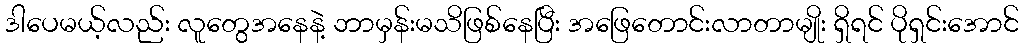
ဒါပေမယ့်လည်း လူတွေအနေနဲ့ ဘာမှန်းမသိဖြစ်နေပြီး အဖြေတောင်းလာတာမျိုး ရှိရင် ပိုရှင်းအောင်